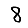
Digit: 8